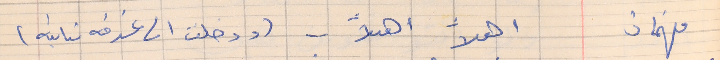
فهمان       اهلاً اهلاً  . . (ودخلت غرفه تانيه)